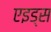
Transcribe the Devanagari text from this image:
एइड्स